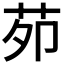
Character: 𦭘